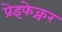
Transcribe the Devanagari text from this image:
प्रेइफेक्चर